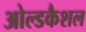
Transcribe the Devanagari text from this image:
ओल्डकैशल